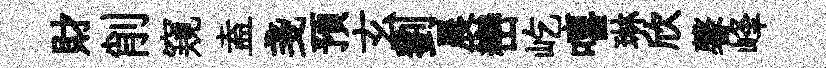
財削窺盍戔預玄劉晨巒屹嘻琳欣馨峰